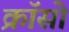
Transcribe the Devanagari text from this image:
क्रॉसो